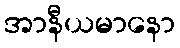
အာနီယမာနော